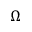
\Omega